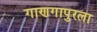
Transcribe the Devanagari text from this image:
गाणगापुरला